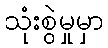
သုံးစွဲမှုမှာ